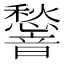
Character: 𮧿